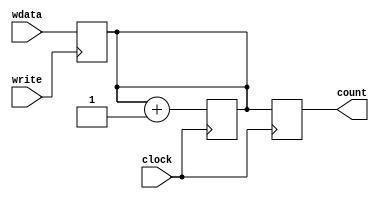
//checked - OK
module PC_unit(
  input wire clock,
  input wire write,
  input wire [7:0] wdata,
  output reg [7:0] count
);

  reg[7:0] next;

  initial
  begin
	count <= 8'h00;
	next <= 8'h01;
  end

  always @(posedge write)
    next <= wdata;

  always @(posedge clock)
  begin
      count <= next;
      next <= next + 8'h01;
  end

endmodule